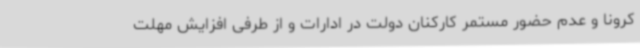
کرونا و عدم حضور مستمر کارکنان دولت در ادارات و از طرفی افزایش مهلت